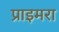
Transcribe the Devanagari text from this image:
प्राइमरा